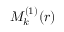
M _ { k } ^ { ( 1 ) } ( r )